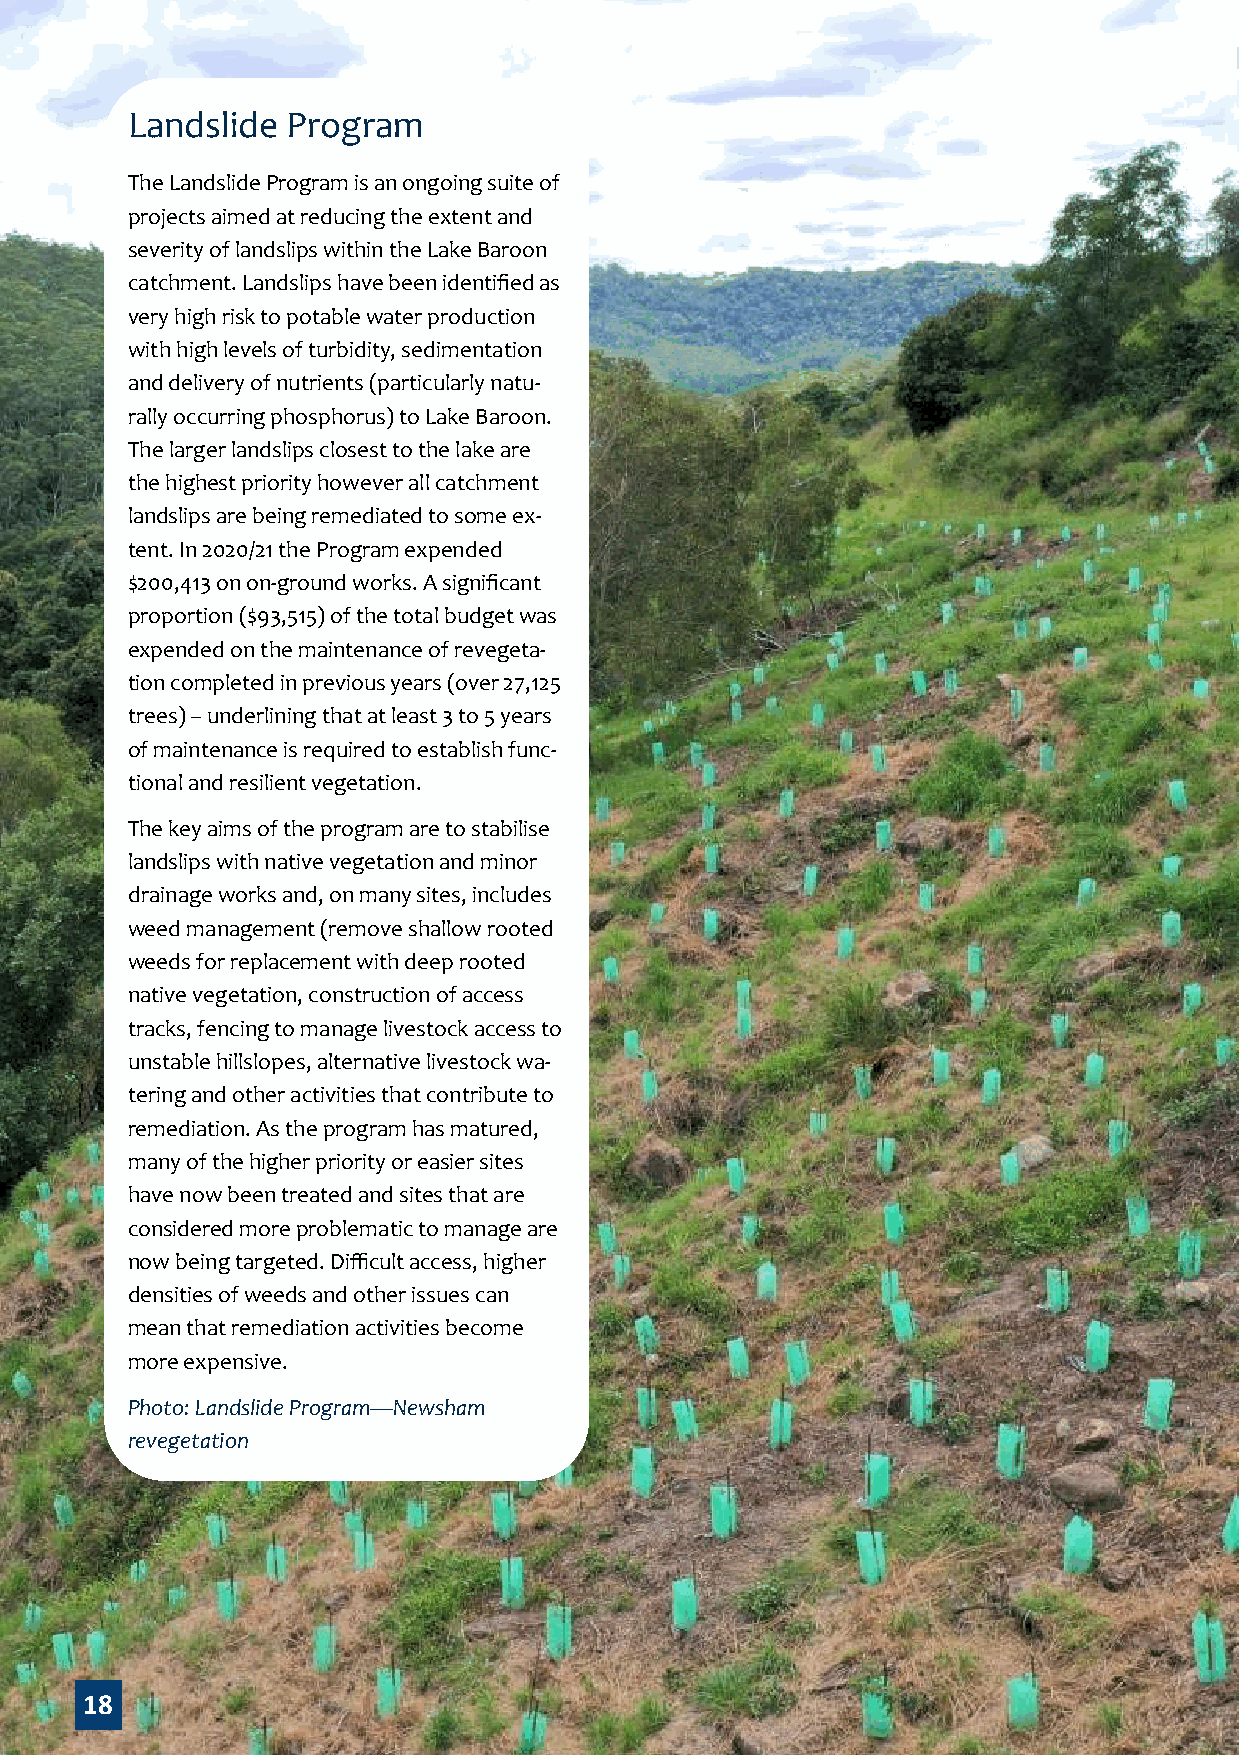
Landslide  Program
 The Landslide Program is an ongoing suite of
 projects aimed at reducing the extent and
 severity of landslips within the Lake Baroon
 catchment. Landslips have been identified as
 very high risk to potable water production
 with high levels of turbidity, sedimentation
 and delivery of nutrients (particularly natu-
 rally occurring phosphorus) to Lake Baroon.
 The larger landslips closest to the lake are
 the highest priority however all catchment
 landslips are being remediated to some ex-
 tent. In 2020/21 the Program expended
 $200,413 on on-ground works. A significant
 proportion ($93,515) of the total budget was
 expended on the maintenance of revegeta-
 tion completed in previous years (over 27,125
 trees) – underlining that at least 3 to 5 years
 of maintenance is required to establish func-
 tional and resilient vegetation.
 The key aims of the program are to stabilise
 landslips with native vegetation and minor
 drainage works and, on many sites, includes
 weed management (remove shallow rooted
 weeds for replacement with deep rooted
 native vegetation, construction of access
 tracks, fencing to manage livestock access to
 unstable hillslopes, alternative livestock wa-
 tering and other activities that contribute to
 remediation. As the program has matured,
 many of the higher priority or easier sites
 have now been treated and sites that are
 considered more problematic to manage are
 now being targeted. Difficult access, higher
 densities of weeds and other issues can
 mean that remediation activities become
 more expensive.
 Photo: Landslide Program—Newsham
 revegetation
 18